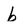
Character: b